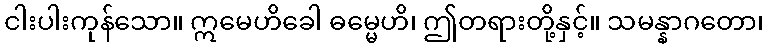
ငါးပါးကုန်သော။ ဣမေဟိခေါ ဓမ္မေဟိ၊ ဤတရားတို့နှင့်။ သမန္နာဂတော၊